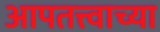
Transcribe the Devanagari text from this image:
आपतत्त्वाच्या